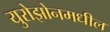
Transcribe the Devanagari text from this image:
युरोझोनमधील